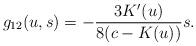
LaTeX: \begin{align*}g_{12}(u,s)=-\frac{3K'(u)}{8(c-K(u))}s.\end{align*}